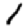
Digit: 1